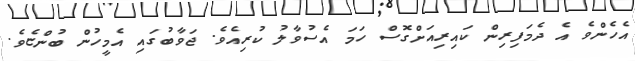
އެހެންވެ އެ ދެމަފިރިން ކައިރިއަށްގޮސް ހަމަ އެސުވާލު ކުރިއެވެ. ޖަވާބުގައި އެމީހުން ބުންޏެވެ.